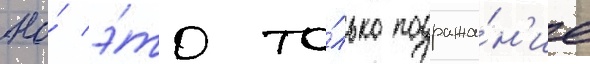
Но́ э́то то́лько подража́н'ие